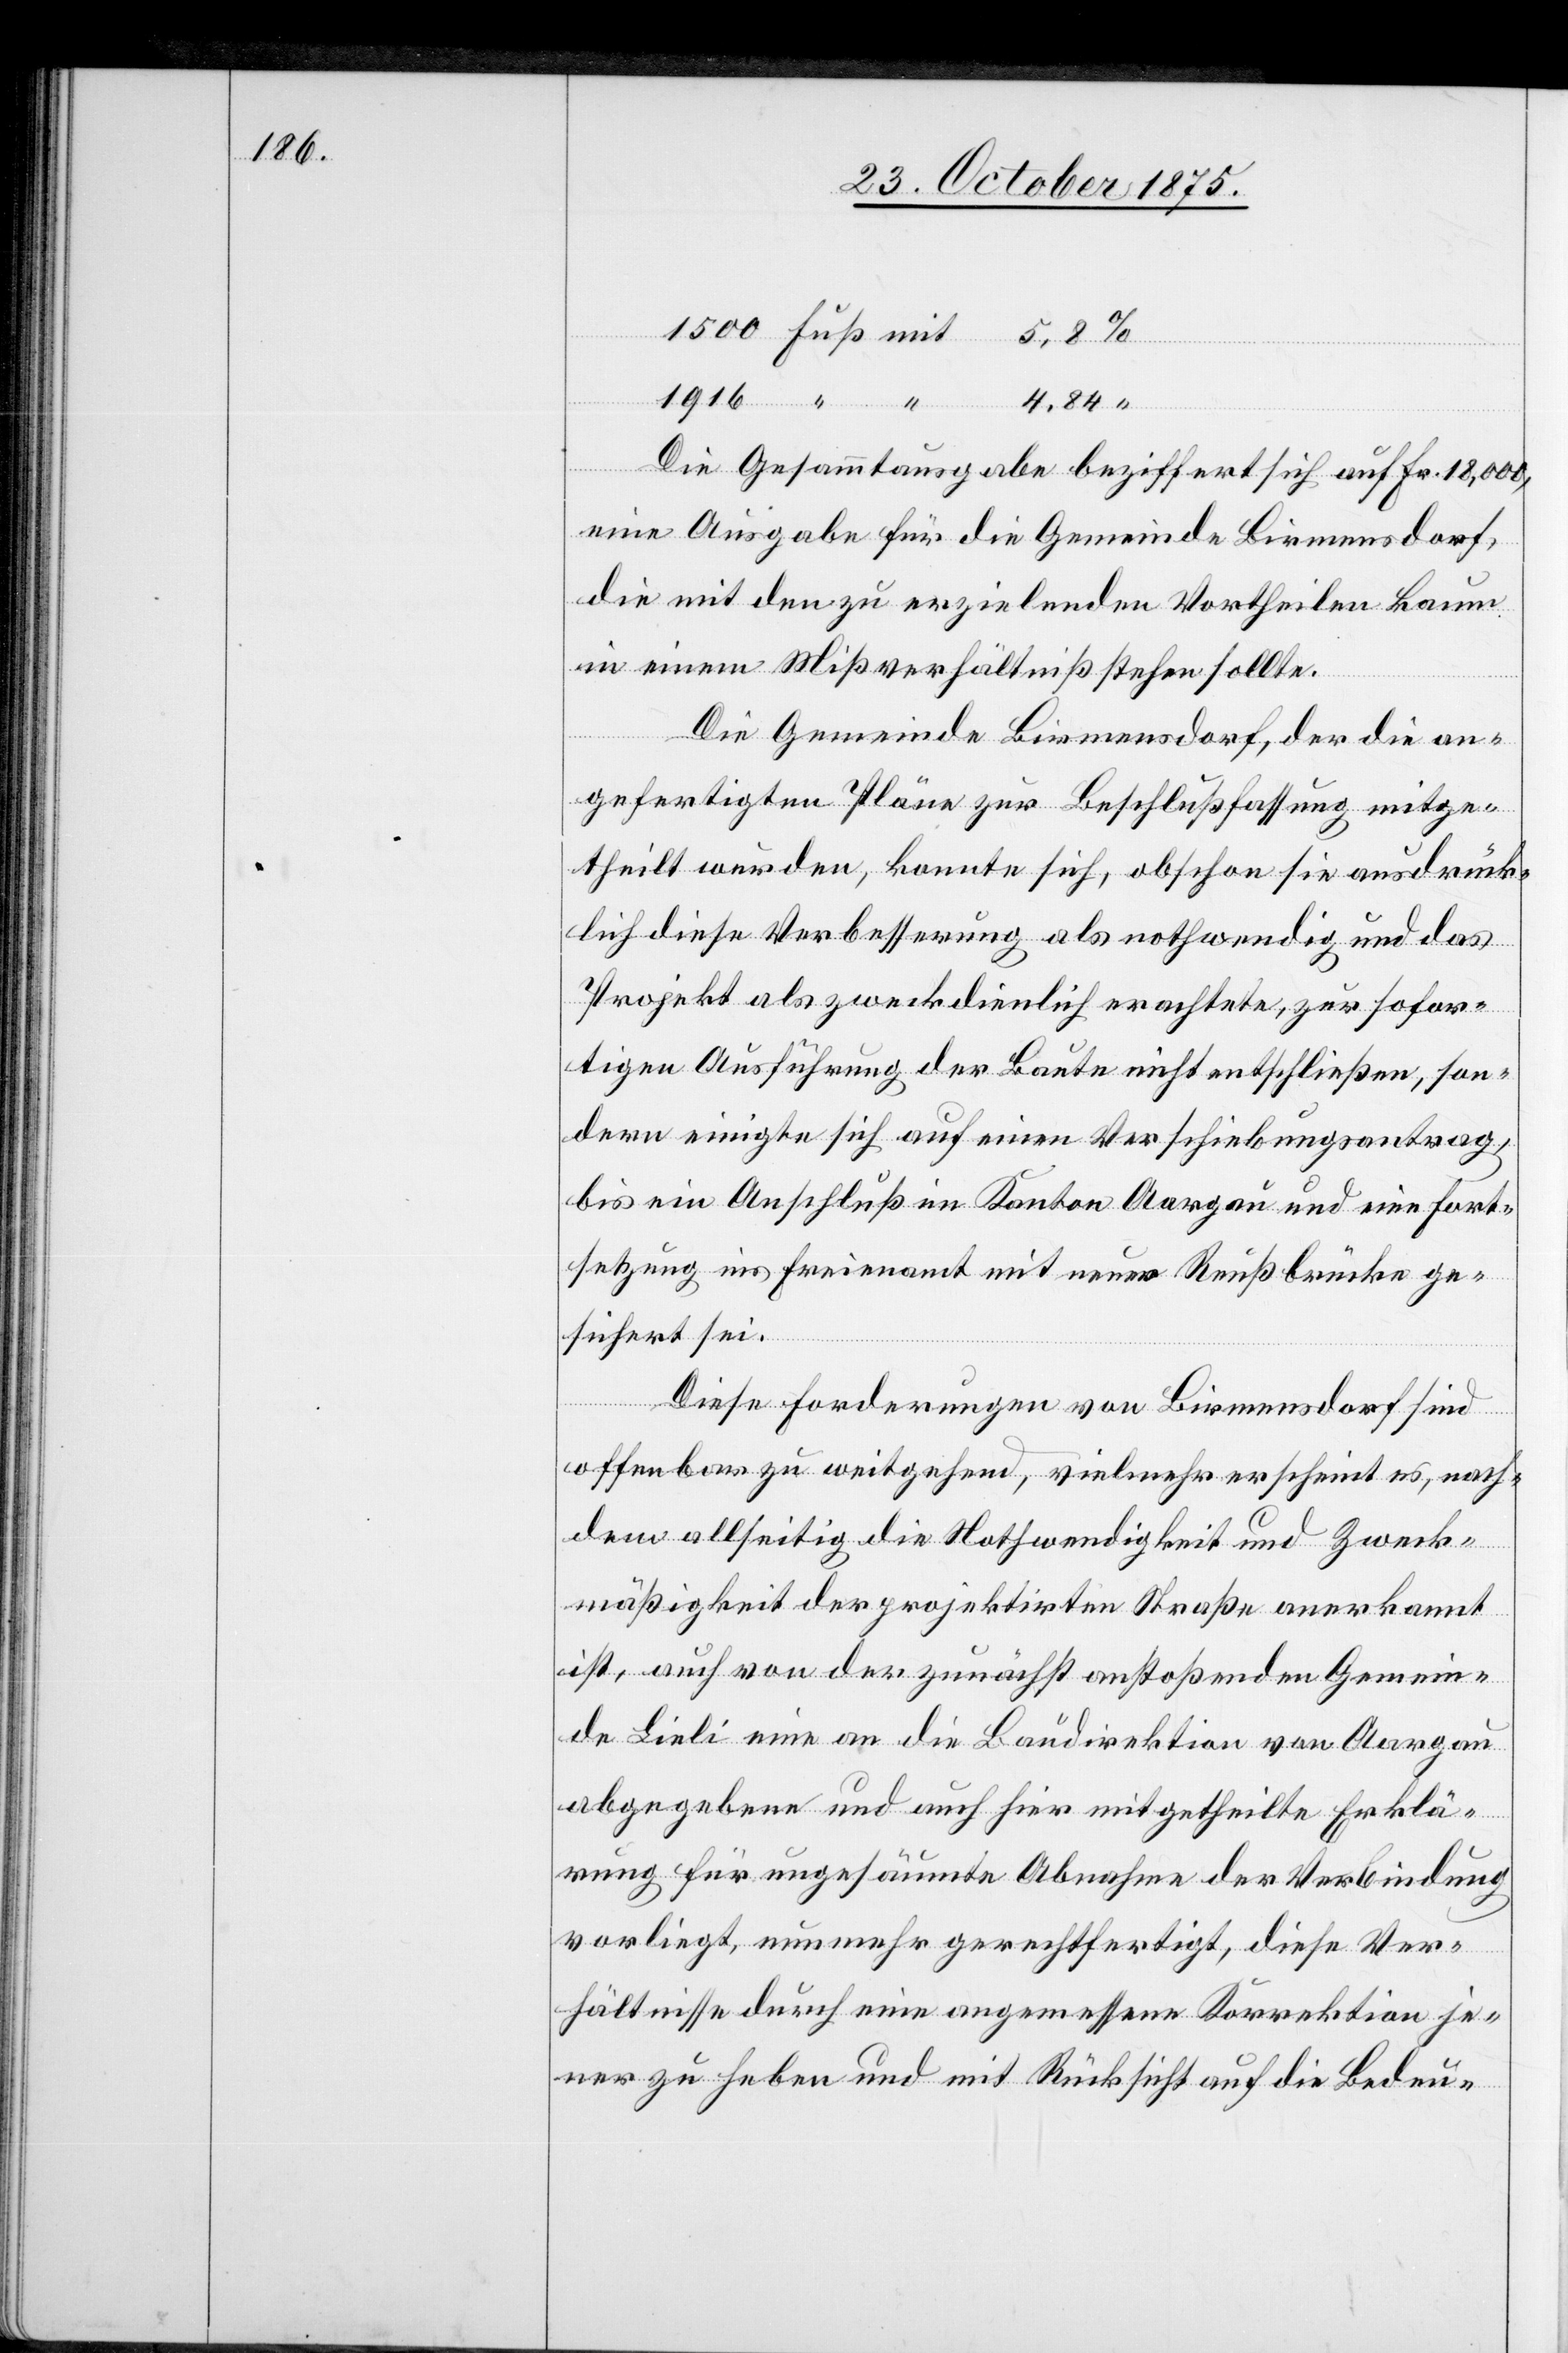
1916

“
Die Gesammtausgabe beziffert sich auf Fr. 18,000,
eine Ausgabe für die Gemeinde Birmensdorf,
die mit den zu erzielenden Vortheilen kaum
in einem Mißverhältniß stehen sollte.
Die Gemeinde Birmensdorf, der die an¬
gefertigten Pläne zur Beschlußfassung mitge¬
theilt wurden, konnte sich, obschon sie ausdrück¬
lich dieser Verbesserung als nothwendig und das
Projekt als zweckdienlich erachtete, zur sofor¬
tigen Ausführung der Baute nicht entschließen, son¬
dern einigte sich auf einen Verschiebungsantrag,
bis ein Anschluß im Kanton Aargau und eine Fort¬
setzung ins Freienamt mit neuer Reußbrücke ge¬
sichert sei.
Diese Forderungen von Birmensdorf sind
offenbar zu weitgehend, vielmehr erscheint es, nach¬
dem allseitig die Nothwendigkeit und Zweck¬
mäßigkeit der projektirten Straße anerkannt
ist, auch von der zunächst anstoßenden Gemein¬
de Lieli eine an die Baudirektion von Aargau
abgegebene und auch hier mitgetheilte Erklä¬
rung für ungesäumte Abnahme der Verbindung
vorliegt, nunmehr gerechtfertigt, diese Ver¬
hältnisse durch eine angemessene Korrektion je¬
ner zu heben und mit Rücksicht auf die Bedeu-